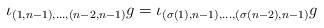
LaTeX: \begin{align*}\iota_{(1,n-1),\ldots,(n-2,n-1)}g&=\iota_{(\sigma(1),n-1),\ldots,(\sigma(n-2),n-1)}g\end{align*}